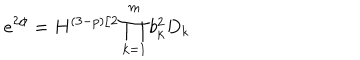
LaTeX: e ^ { 2 \phi } = H ^ { ( 3 - p ) / 2 } \prod _ { k = 1 } ^ { m } b _ { k } ^ { 2 } D _ { k }